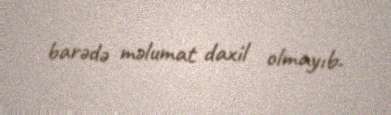
barədə məlumat daxil olmayıb.